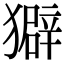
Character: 𤢣